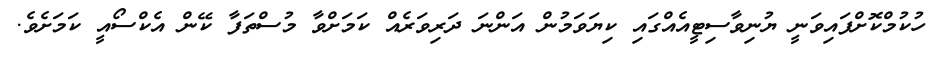
ހުކުމްކޮށްފައިވަނީ ޔުނިވާސިޓީއެއްގައި ކިޔަވަމުން އަންނަ ދަރިވަރެއް ކަމަށްވާ މުސްތަފާ ކޭން އެކްސޯއީ ކަމަށެވެ.